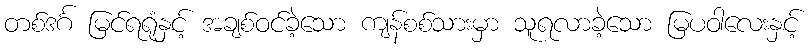
တစ်ဒင်္ဂ မြင်ရရုံနှင့် အချစ်ဝင်ခဲ့သော ကျန်စစ်သားမှာ သူရလာခဲ့သော မြပဝါလေးနှင့်